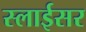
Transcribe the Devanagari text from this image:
स्‍लाईसर